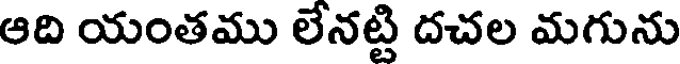
ఆది యంతము లేనట్టి దచల మగును